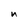
Character: n